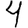
Digit: 4